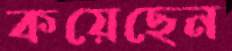
কয়েছেন